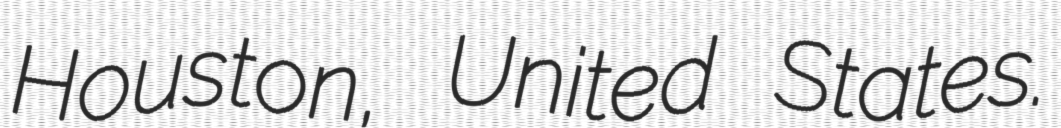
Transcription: Houston, United States.